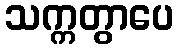
သက္ကတွာပေ